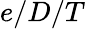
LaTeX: e/D/T